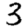
Digit: 3